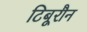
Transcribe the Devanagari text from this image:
टिबूरौन